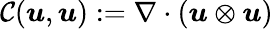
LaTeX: \mathcal{C}(\boldsymbol{u},\boldsymbol{u}):=\nabla\cdot\left(\boldsymbol{u}\otimes\boldsymbol{u}\right)